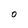
Character: 0